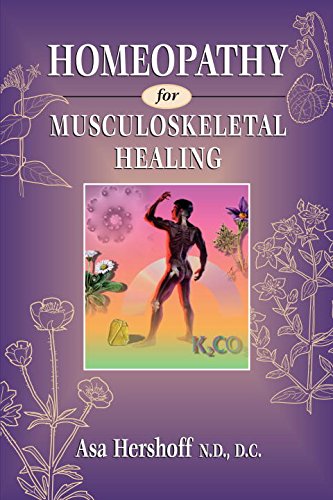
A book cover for Homeopathy for Musculoskeletal Healing; Asa Hershoff; Health, Fitness & Dieting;